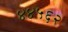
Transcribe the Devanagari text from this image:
४४५६२